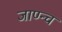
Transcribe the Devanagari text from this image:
जाण्न्च